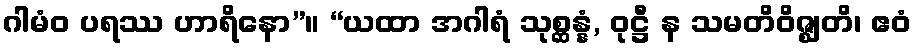
ဂါမံဝ ပရဿ ဟာရိနော”။ “ယထာ အဂါရံ သုစ္ဆန္နံ, ဝုဋ္ဌီ န သမတိဝိဇ္ဈတိ၊ ဧဝံ